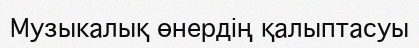
Музыкалық өнердiң қалыптасуы